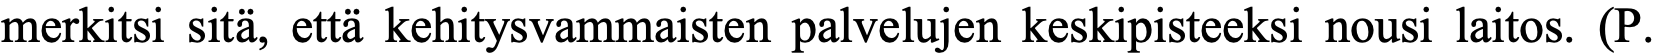
merkitsi sitä, että kehitysvammaisten palvelujen keskipisteeksi nousi laitos. (P.